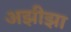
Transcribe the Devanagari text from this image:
अझीझा